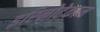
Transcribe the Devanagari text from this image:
इरिनोटेकान